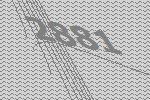
2881